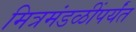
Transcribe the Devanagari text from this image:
मित्रमंडळींपर्यंत